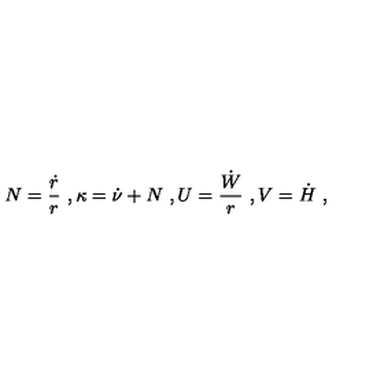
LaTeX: N = { \frac { \dot { r } } { r } } \ , \kappa = \dot { \nu } + N \ , U = { \frac { \dot { W } } { r } } \ , V = \dot { H } \ ,